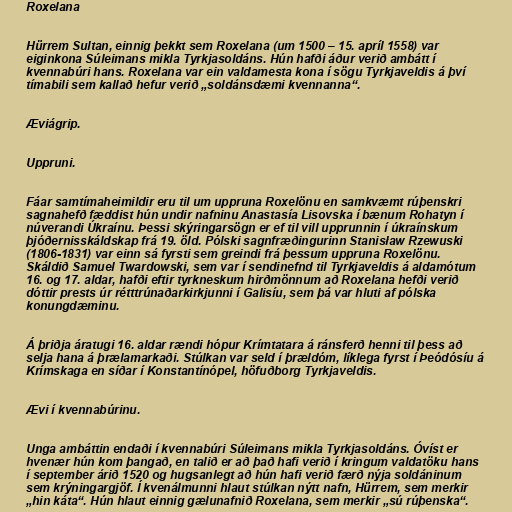
Roxelana

Hürrem Sultan, einnig þekkt sem Roxelana (um 1500 – 15. apríl 1558) var
eiginkona Súleimans mikla Tyrkjasoldáns. Hún hafði áður verið ambátt í
kvennabúri hans. Roxelana var ein valdamesta kona í sögu Tyrkjaveldis á því
tímabili sem kallað hefur verið „soldánsdæmi kvennanna“.

Æviágrip.

Uppruni.

Fáar samtímaheimildir eru til um uppruna Roxelönu en samkvæmt rúþenskri
sagnahefð fæddist hún undir nafninu Anastasía Lisovska í bænum Rohatyn í
núverandi Úkraínu. Þessi skýringarsögn er ef til vill upprunnin í úkraínskum
þjóðernisskáldskap frá 19. öld. Pólski sagnfræðingurinn Stanisław Rzewuski
(1806-1831) var einn sá fyrsti sem greindi frá þessum uppruna Roxelönu.
Skáldið Samuel Twardowski, sem var í sendinefnd til Tyrkjaveldis á aldamótum
16. og 17. aldar, hafði eftir tyrkneskum hirðmönnum að Roxelana hefði verið
dóttir prests úr rétttrúnaðarkirkjunni í Galisíu, sem þá var hluti af pólska
konungdæminu.

Á þriðja áratugi 16. aldar rændi hópur Krímtatara á ránsferð henni til þess að
selja hana á þrælamarkaði. Stúlkan var seld í þrældóm, líklega fyrst í Þeódósíu á
Krímskaga en síðar í Konstantínópel, höfuðborg Tyrkjaveldis.

Ævi í kvennabúrinu.

Unga ambáttin endaði í kvennabúri Súleimans mikla Tyrkjasoldáns. Óvíst er
hvenær hún kom þangað, en talið er að það hafi verið í kringum valdatöku hans
í september árið 1520 og hugsanlegt að hún hafi verið færð nýja soldáninum
sem krýningargjöf. Í kvenálmunni hlaut stúlkan nýtt nafn, Hürrem, sem merkir
„hin káta“. Hún hlaut einnig gælunafnið Roxelana, sem merkir „sú rúþenska“.